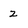
Character: 2